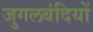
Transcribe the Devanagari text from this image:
जुगलबंदियों